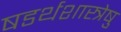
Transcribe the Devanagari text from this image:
षडर्थशास्त्रेषु